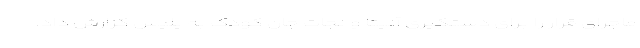
ماجرای قرار را برای دستگیری آنیتا و نجات جان کودک به پلیس گزارش داد.